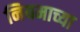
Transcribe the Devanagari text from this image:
नियमाच्या